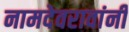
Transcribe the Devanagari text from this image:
नामदेवरावांनी